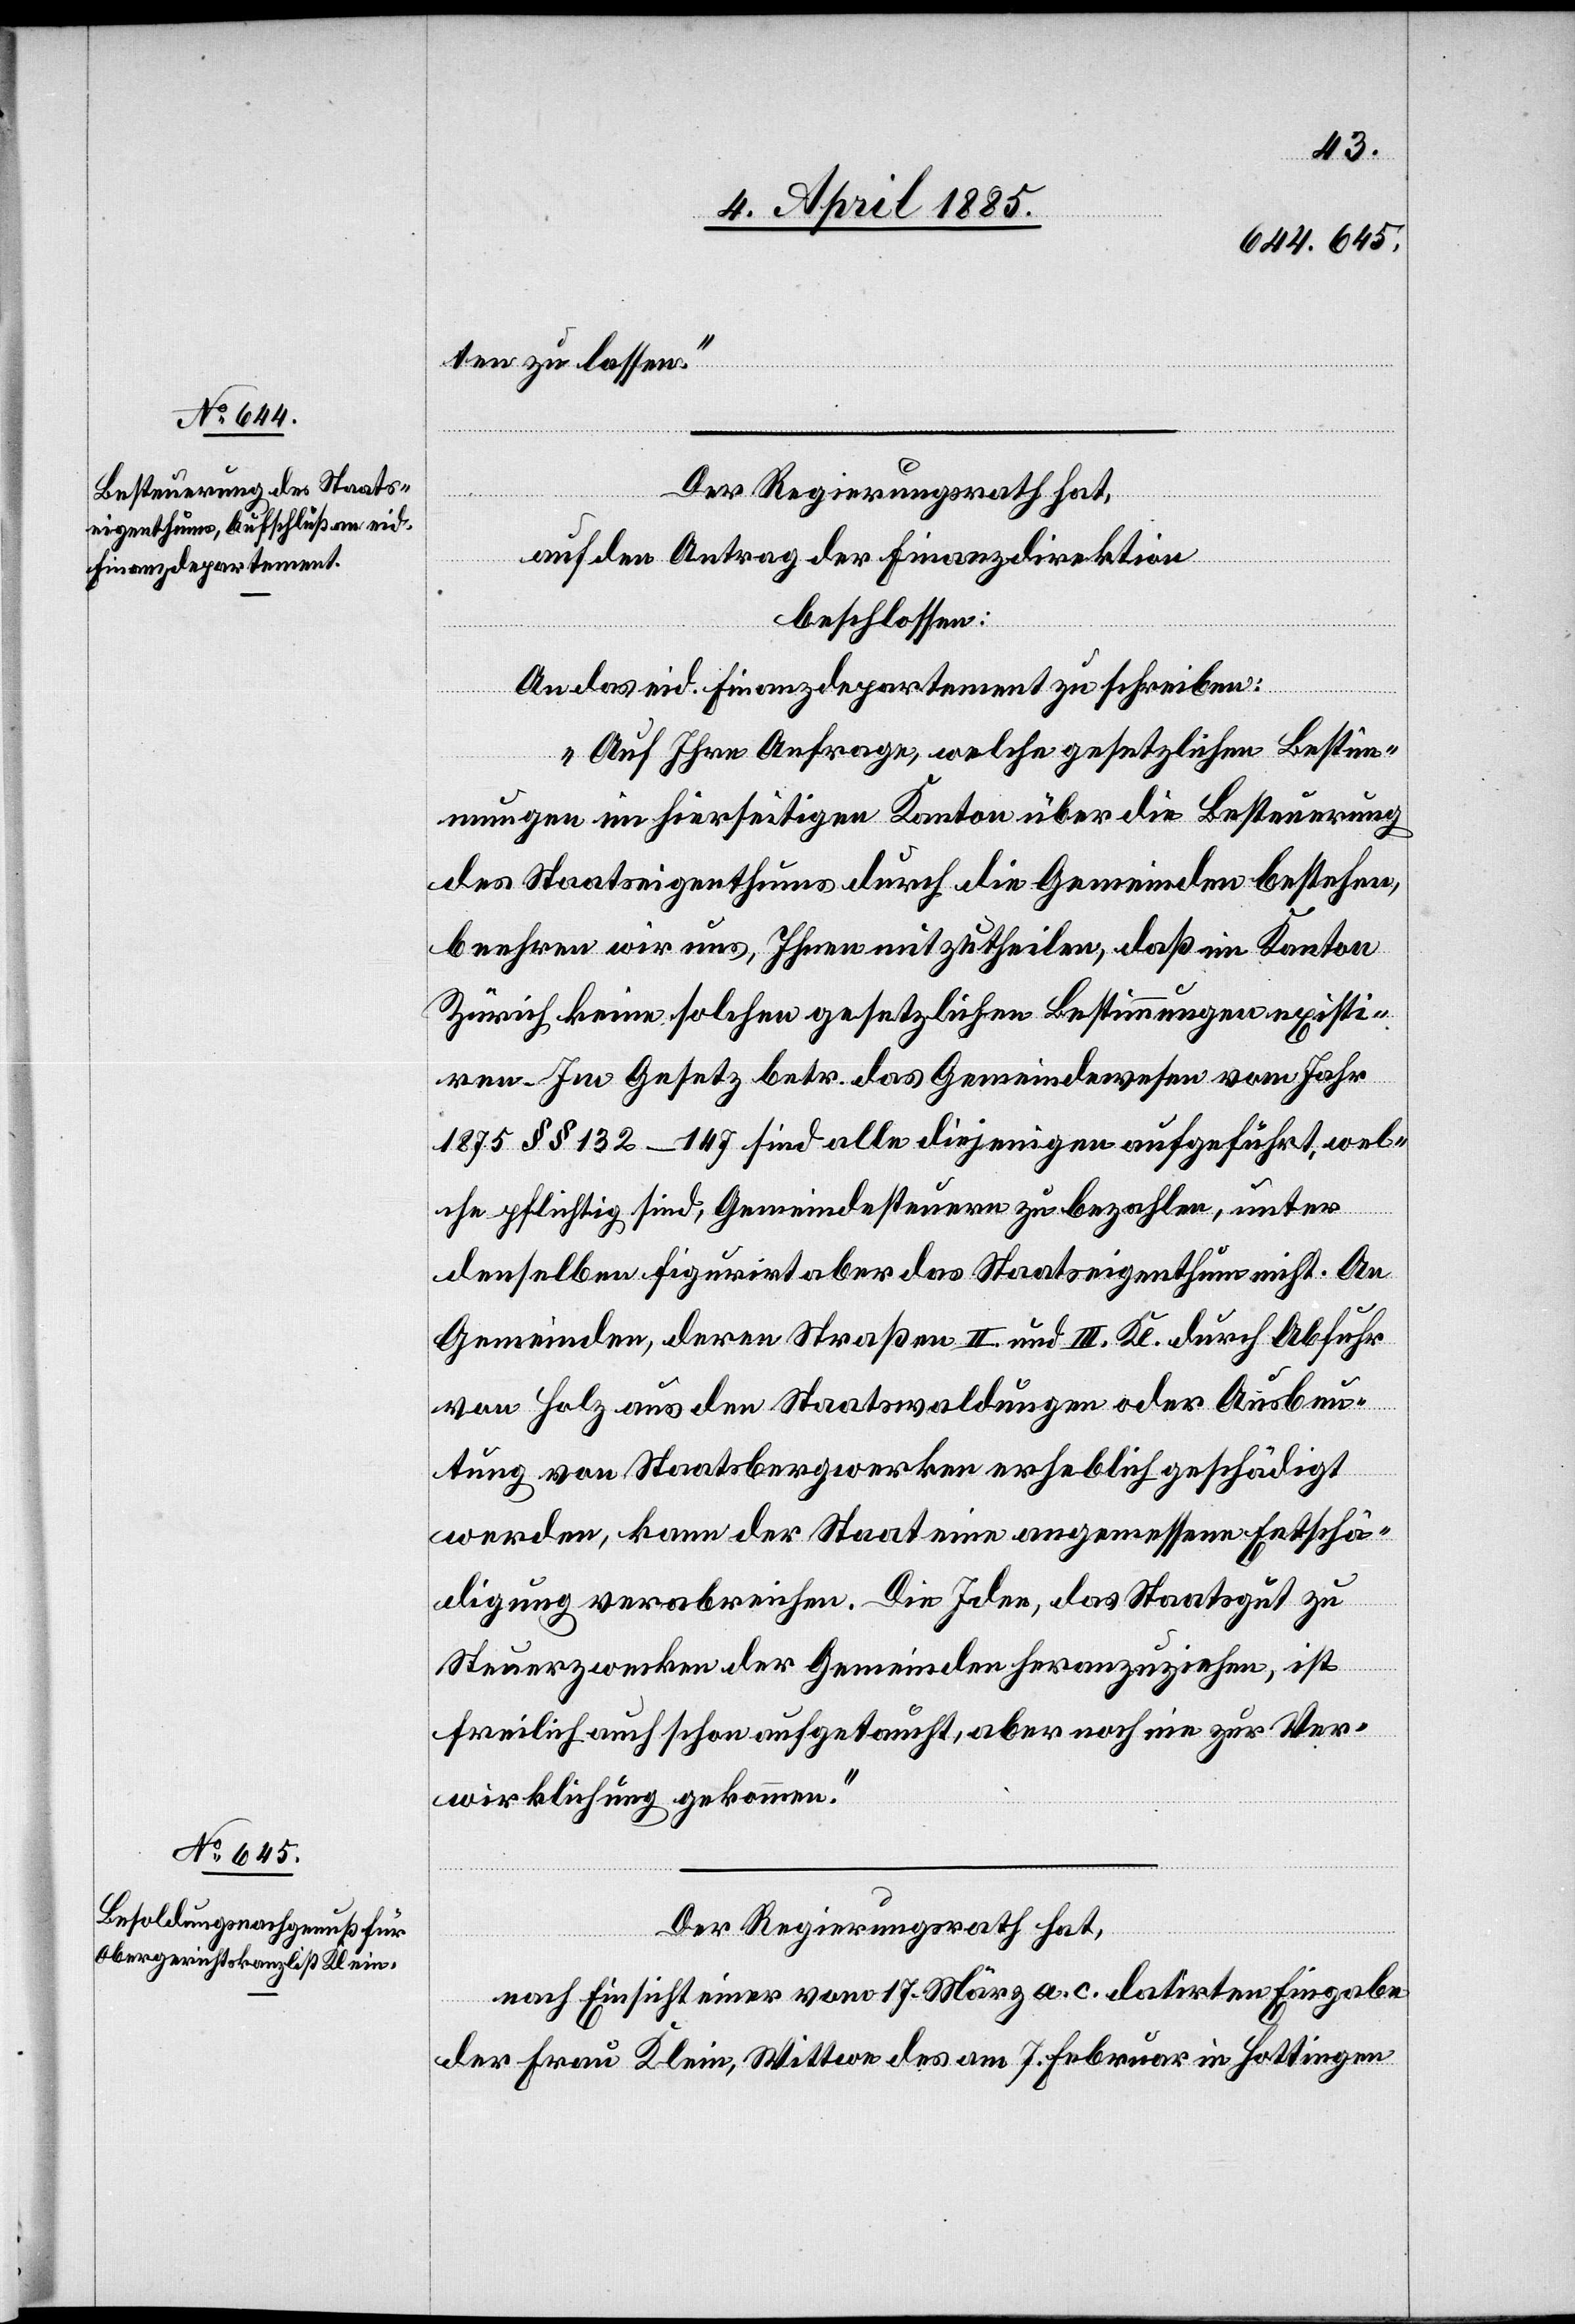
ten zu lassen.“
Der Regierungsrath hat,
auf den Antrag der Finanzdirektion
beschlossen:
An das eid. Finanzdepartement zu schreiben:
„Auf Ihre Anfrage, welche gesetzlichen Bestim¬
mungen im hierseitigen Kanton über die Besteuerung
des Staatseigenthums durch die Gemeinden bestehen,
beehren wir uns, Ihnen mitzutheilen, daß im Kanton
Zürich keine solchen gesetzlichen Bestimmungen existi¬
ren. Im Gesetz betr. das Gemeindewesen vom Jahr
1875 §§ 132–147 sind alle diejenigen aufgeführt, wel¬
che pflichtig sind, Gemeindesteuern zu bezahlen, unter
denselben figurirt aber das Staatseigenthum nicht. An
Gemeinden, deren Straßen II. und III. Kl. durch Abfuhr
von Holz aus den Staatswaldungen oder Ausbeu¬
tung von Staatsbergwerken erheblich geschädigt
werden, kann der Staat eine angemessene Entschä¬
digung verabreichen. Die Idee, das Staatsgut zu
Steuerzwecken der Gemeinden heranzuziehen, ist
freilich auch schon aufgetaucht, aber noch nie zur Ver¬
wirklichung gekommen.“
Der Regierungsrath hat,
nach Einsicht einer vom 17. März a. c datirten Eingabe
der Frau Klein, Wittwe des am 7. Februar in Hottingen